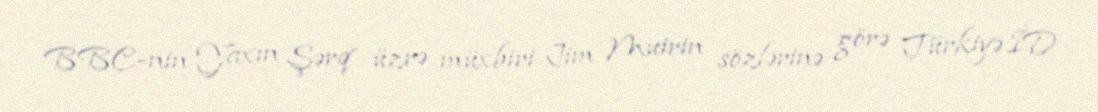
BBC-nin Yaxın Şərq üzrə müxbiri Jim Muirin sözlərinə görə Türkiyə İD